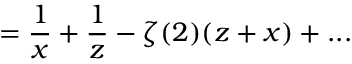
= { \frac { 1 } { x } } + { \frac { 1 } { z } } - \zeta ( 2 ) ( z + x ) + . . .